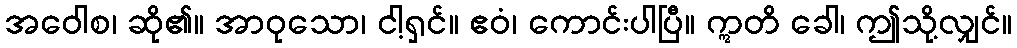
အဝေါစ၊ ဆို၏။ အာဝုသော၊ ငါ့ရှင်။ ဧဝံ၊ ကောင်းပါပြီ။ ဣတိ ခေါ၊ ဤသို့လျှင်။